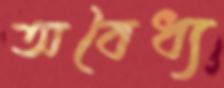
অবৈধ্য